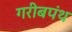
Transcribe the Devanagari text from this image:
गरीबपंथ